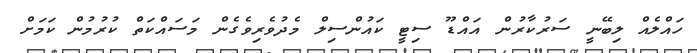
ހައްލެއް ލިބޭނީ ސަރުކާރުން އައްޑޫ ސިޓީ ކައުންސިލް މެދުވެރިވެގެން މަސައްކަތް ކުރުމުން ކަމަށް